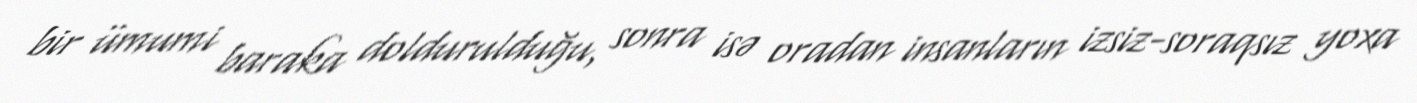
bir ümumi baraka doldurulduğu, sonra isə oradan insanların izsiz-soraqsız yoxa